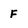
Character: F